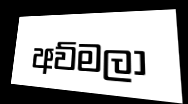
අව්මලා